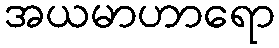
အယမာဟာရော